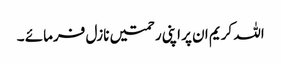
اللہ کریم ان پر اپنی رحمتیں نازل فرمائے ۔